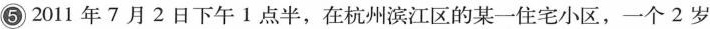
⑤2011年7月2日下午1点半，在杭州滨江区的某一住宅小区，一个2岁